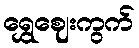
ရွှေဈေးကွက်